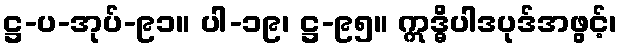
ဋ္ဌ-ပ-အုပ်-၉၁။ ပါ-၁၉၊ ဋ္ဌ-၉၅။ ဣဒ္ဓိပါဒပုဒ်အဖွင့်၊